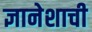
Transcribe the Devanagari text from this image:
ज्ञानेशाची